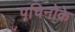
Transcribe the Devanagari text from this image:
पचिनोके